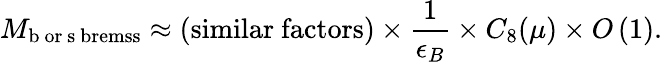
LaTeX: M_{\mathrm{b\ or\ s\ bremss}}\approx(\mathrm{similar\ factors})\times{\frac{1}{\epsilon_{B}}}\times C_{8}(\mu)\times O\left(1\right).